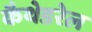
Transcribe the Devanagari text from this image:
कैथेडरेल